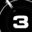
Digit: 3